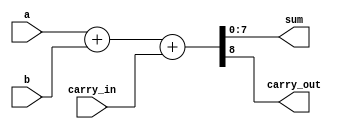
module adder
#(parameter WIDTH=8)
(
    input               carry_in,
    input  [WIDTH-1: 0] a,
    input  [WIDTH-1: 0] b,
    output [WIDTH-1: 0] sum,
    output              carry_out
);

    assign {carry_out, sum} = a + b + carry_in;

endmodule